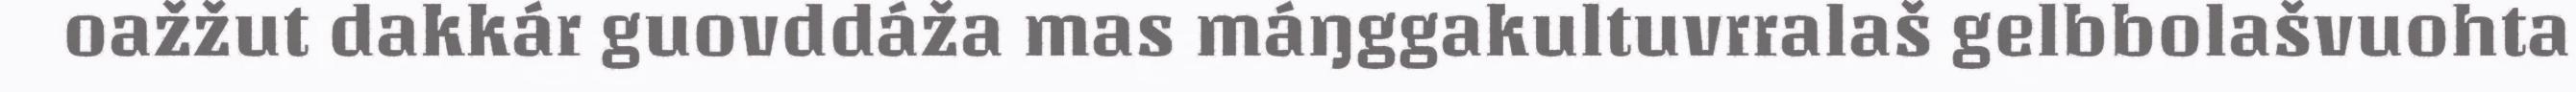
oažžut dakkár guovddáža mas máŋggakultuvrralaš gelbbolašvuohta